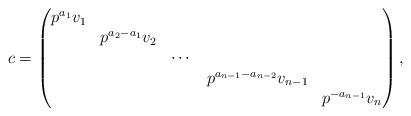
LaTeX: \begin{align*} c=\begin{pmatrix} p^{a_1}v_1 & & & & \\ & p^{a_2-a_1}v_2 & & & \\ & & \cdots & & \\ & & & p^{a_{n-1}-a_{n-2}}v_{n-1} & \\ & & & & p^{-a_{n-1}}v_n \end{pmatrix},\end{align*}